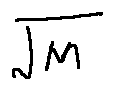
\sqrt { M }